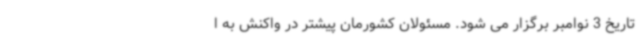
تاریخ 3 نوامبر برگزار می شود. مسئولان کشورمان پیشتر در واکنش به ا